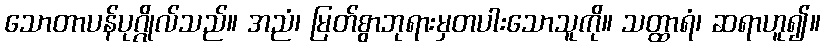
သောတာပန်ပုဂ္ဂိုလ်သည်။ အညံ၊ မြတ်စွာဘုရားမှတပါးသောသူကို။ သတ္ထာရံ၊ ဆရာဟူ၍။